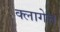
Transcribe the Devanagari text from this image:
क्लागेत्त